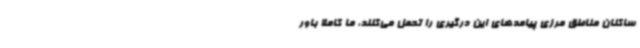
ساکنان مناطق مرزی پیامدهای این درگیری را تحمل می‌کنند، ما کاملا باور